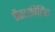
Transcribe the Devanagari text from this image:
ब्रैस्टफ़ीडिंग